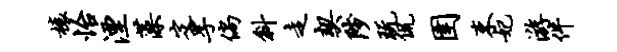
榱怡湮藻定孚倘斜走契陟玩侃圉束妃游件